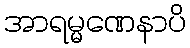
အာရမ္မဏေနာပိ